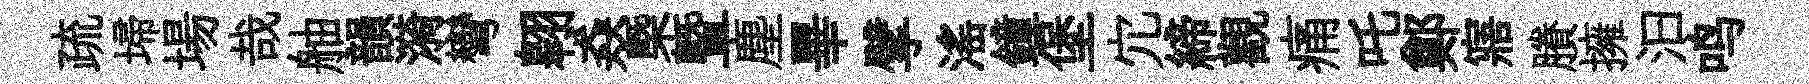
疏埽場哉舳韻漪彎翱猋㮣曁塵畢擘滛鐘堡宂締觀痛吒鄭寤賸擁汩鸣